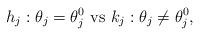
LaTeX: \begin{align*}h_j:\theta_j=\theta^0_j \mbox{ vs } k_j:\theta_j \neq\theta^0_j, \end{align*}